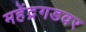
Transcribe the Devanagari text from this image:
महेंद्रगडवर